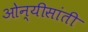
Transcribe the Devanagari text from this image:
ओन्यीसांती